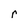
Character: r